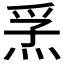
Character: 𭴮